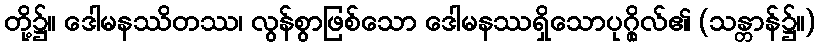
တို့၌။ ဒေါမနဿိတဿ၊ လွန်စွာဖြစ်သော ဒေါမနဿရှိသောပုဂ္ဂိုလ်၏ (သန္တာန်၌။)